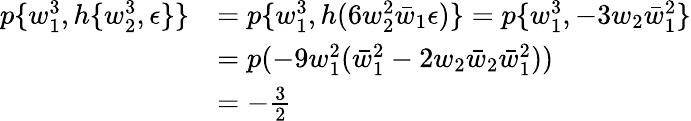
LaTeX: \begin{array}{rl}{p\{ w_{1}^{3},h\{ w_{2}^{3},\epsilon\} \} }&{=p\{ w_{1}^{3},h(6w_{2}^{2}\bar{w}_{1}\epsilon)\} =p\{ w_{1}^{3},-3w_{2}\bar{w}_{1}^{2}\} }\\ &{=p(-9w_{1}^{2}(\bar{w}_{1}^{2}-2w_{2}\bar{w}_{2}\bar{w}_{1}^{2}))}\\ &{=-\frac{3}{2}}\end{array}